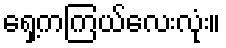
ရှေ့ကကြယ်လေးလုံး။